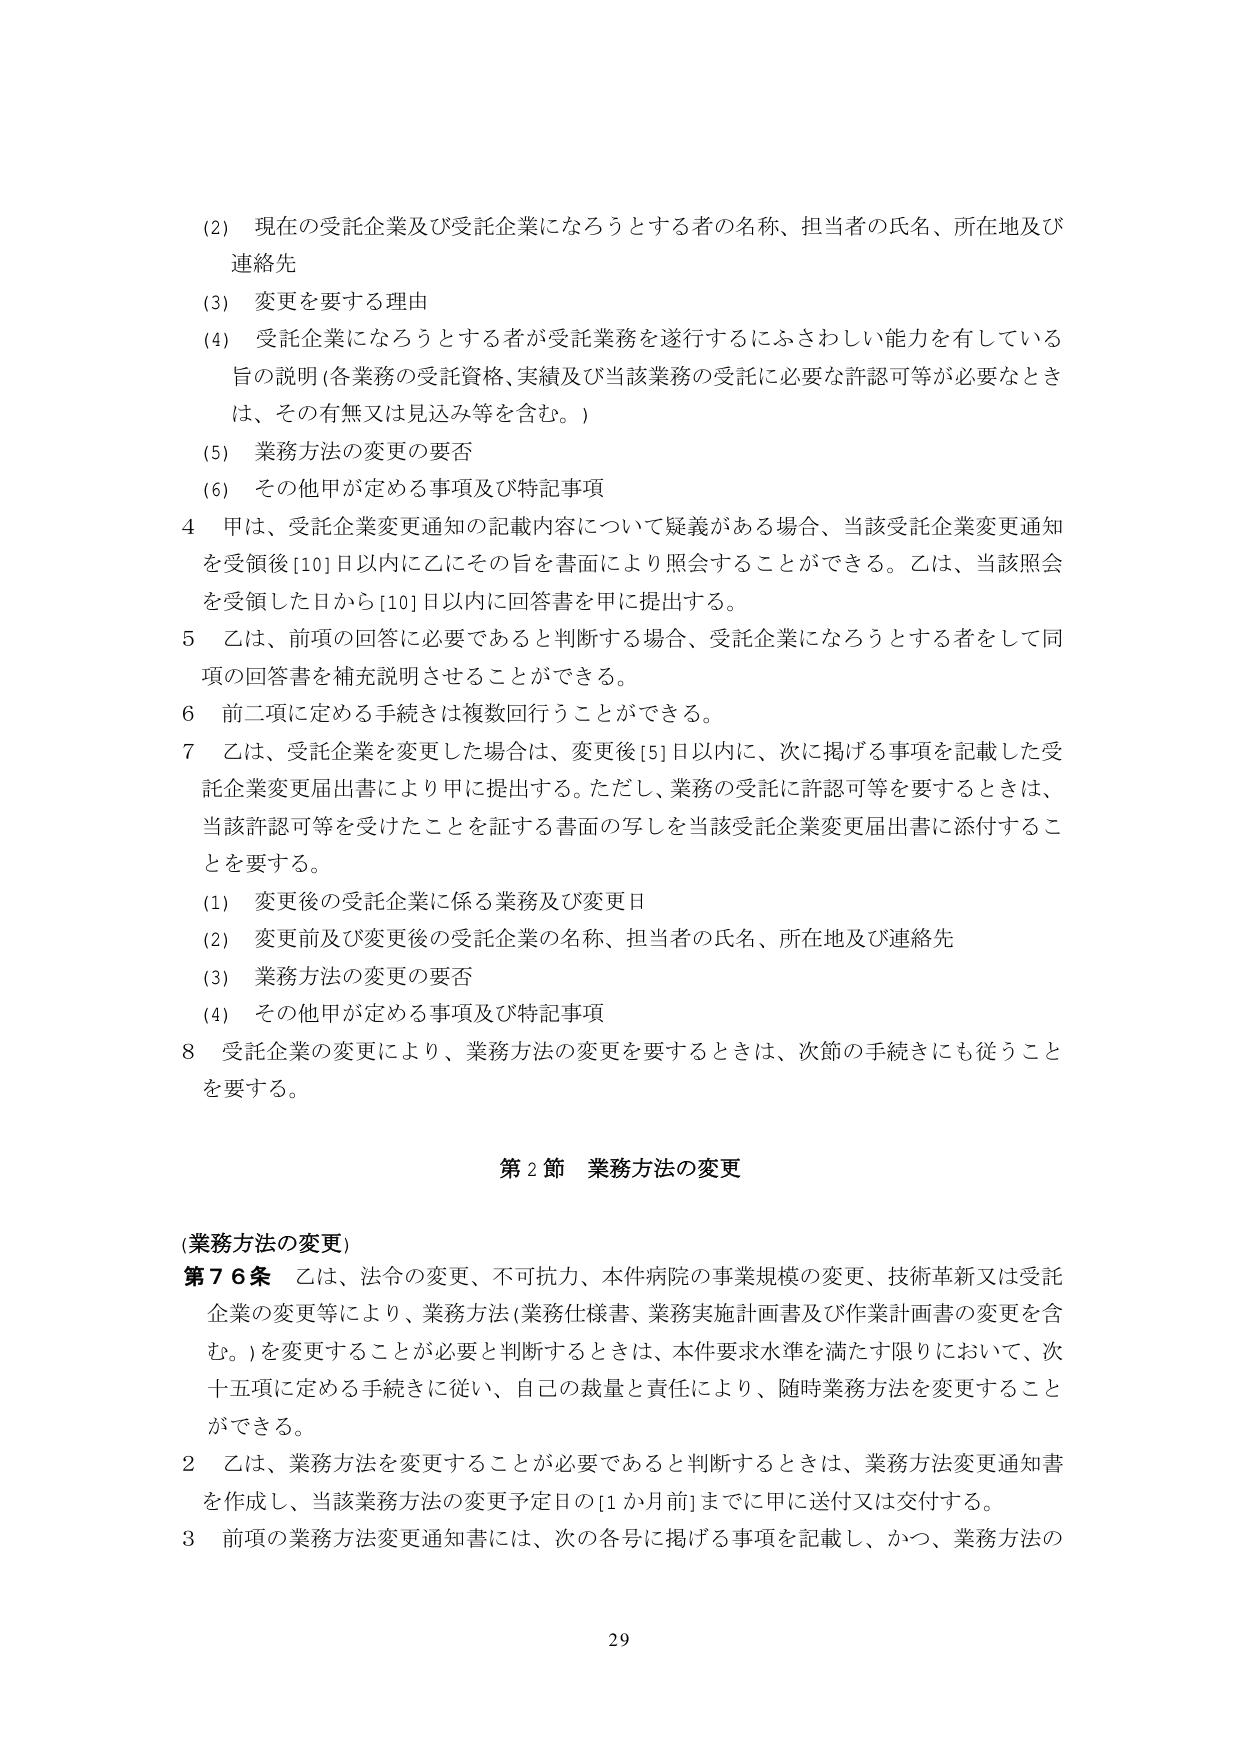
(2) 現在の受託企業及び受託企業になろうとする者の名称、担当者の氏名、所在地及び連絡先
(3) 変更を要する理由
(4) 受託企業になろうとする者が受託業務を遂行するにふさわしい能力を有している旨の説明（各業務の受託資格、実績及び当該業務の受託に必要な許認可等が必要なときは、その有無又は見込み等を含む。）
(5) 業務方法の変更の要否
(6) その他甲が定める事項及び特記事項

4 甲は、受託企業変更通知の記載内容について疑義がある場合、当該受託企業変更通知を受領後[10]日以内に乙にその旨を書面により照会することができる。乙は、当該照会を受領した日から[10]日以内に回答書を甲に提出する。

5 乙は、前項の回答に必要であると判断する場合、受託企業になろうとする者をして同項の回答書を補充説明させることができる。

6 前二項に定める手続きは複数回行うことができる。

7 乙は、受託企業を変更した場合は、変更後[5]日以内に、次に掲げる事項を記載した受託企業変更届出書により甲に提出する。ただし、業務の受託に許認可等を要するときは、当該許認可等を受けたことを証する書面の写しを当該受託企業変更届出書に添付することを要する。
(1) 変更後の受託企業に係る業務及び変更日
(2) 変更前及び変更後の受託企業の名称、担当者の氏名、所在地及び連絡先
(3) 業務方法の変更の要否
(4) その他甲が定める事項及び特記事項

8 受託企業の変更により、業務方法の変更を要するときは、次節の手続きにも従うことを要する。

第2節 業務方法の変更

(業務方法の変更)
第76条 乙は、法令の変更、不可抗力、本件病院の事業規模の変更、技術革新又は受託企業の変更等により、業務方法（業務仕様書、業務実施計画書及び作業計画書の変更を含む。）を変更することが必要と判断するときは、本件要求水準を満たす限りにおいて、次十五項に定める手続きに従い、自己の裁量と責任により、随時業務方法を変更することができる。

2 乙は、業務方法を変更することが必要であると判断するときは、業務方法変更通知書を作成し、当該業務方法の変更予定日の[1か月前]までに甲に送付又は交付する。

3 前項の業務方法変更通知書には、次の各号に掲げる事項を記載し、かつ、業務方法の

29